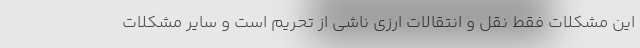
این مشکلات فقط نقل و انتقالات ارزی ناشی از تحریم است و سایر مشکلات